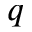
q